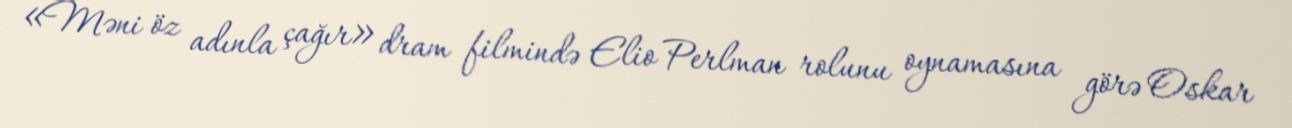
«Məni öz adınla çağır» dram filmində Elio Perlman rolunu oynamasına görə Oskar